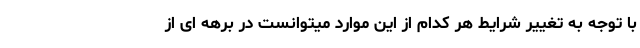
با توجه به تغییر شرایط هر کدام از این موارد میتوانست در برهه ای از